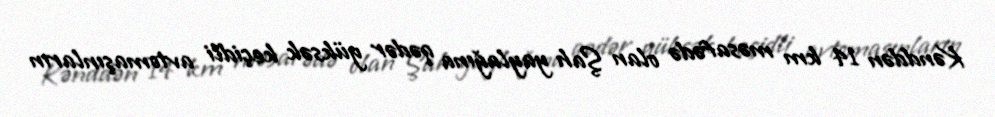
Kənddən 14 km məsafədə olan Şah yaylağına qədər yüksək keçidli avtomaşınların